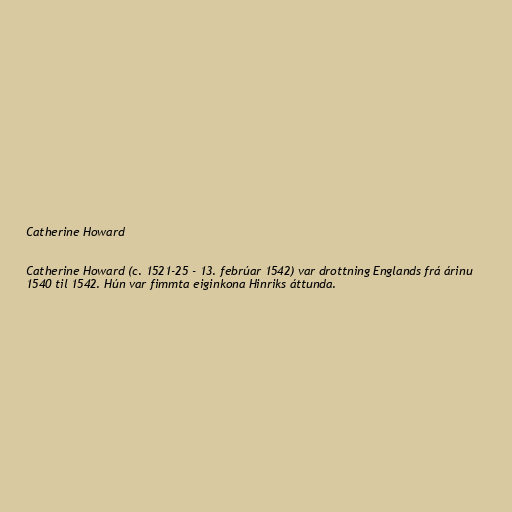
Catherine Howard

Catherine Howard (c. 1521-25 - 13. febrúar 1542) var drottning Englands frá árinu
1540 til 1542. Hún var fimmta eiginkona Hinriks áttunda.